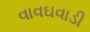
વાવઘવાડી